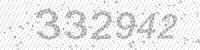
Solution: 332942